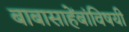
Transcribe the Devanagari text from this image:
बाबासाहेंबांविषयी